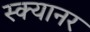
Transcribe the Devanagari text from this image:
स्क्यानर